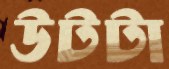
উটটা